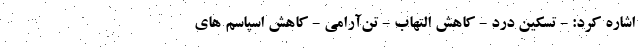
اشاره کرد: - تسکین درد - کاهش التهاب - تن‌آرامی - کاهش اسپاسم های